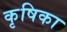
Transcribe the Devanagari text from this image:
कृषिका